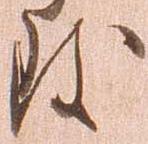
致